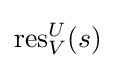
{\text{res}}_{V}^{U}(s)